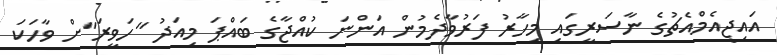
އައިޖީއެމްއެޗުގެ ނާސަރީގައި މިހާރު ފަރުވާދެމުން އަންނަ ކުއްޖާގެ ބައްޕަ މިއަދު "ހަވީރަ"ށް ވާހަކަ